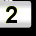
Digit: 2